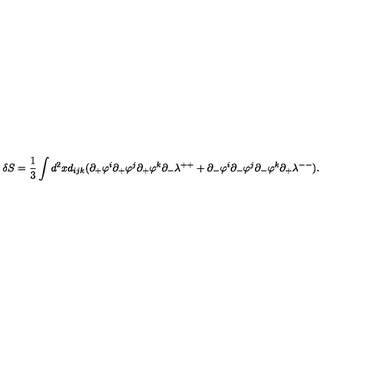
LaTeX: \delta S = \frac { 1 } { 3 } \int d ^ { 2 } x d _ { i j k } ( \partial _ { + } \varphi ^ { i } \partial _ { + } \varphi ^ { j } \partial _ { + } \varphi ^ { k } \partial _ { - } \lambda ^ { + + } + \partial _ { - } \varphi ^ { i } \partial _ { - } \varphi ^ { j } \partial _ { - } \varphi ^ { k } \partial _ { + } \lambda ^ { -- } ) .